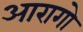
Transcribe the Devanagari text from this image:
आरागो